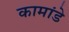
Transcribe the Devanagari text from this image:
कामांडे